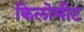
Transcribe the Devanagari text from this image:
किलोमीट